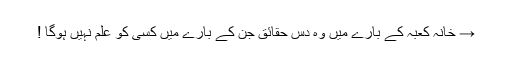
→ خانہ کعبہ کے بارے میں وہ دس حقائق جن کے بارے میں کسی کو علم نہیں ہوگا !